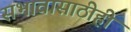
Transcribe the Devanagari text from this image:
सभावासाठीही